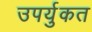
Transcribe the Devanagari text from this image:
उपर्युकत